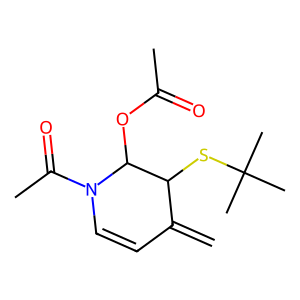
SMILES: C=C1C=CN(C(C)=O)C(OC(C)=O)C1SC(C)(C)C
Inhibits HIV replication: No